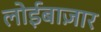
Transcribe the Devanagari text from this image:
लोईबाज़ार